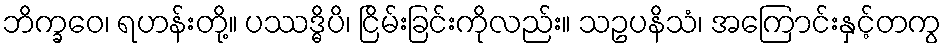
ဘိက္ခဝေ၊ ရဟန်းတို့။ ပဿဒ္ဓိပိ၊ ငြိမ်းခြင်းကိုလည်း။ သဥပနိသံ၊ အကြောင်းနှင့်တကွ